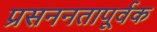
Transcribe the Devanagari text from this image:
प्रसननतापूर्वक